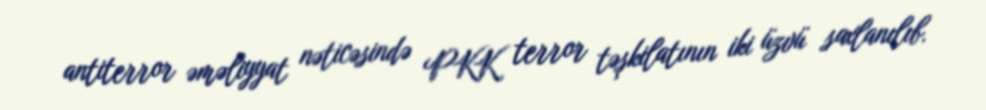
antiterror əməliyyat nəticəsində PKK terror təşkilatının iki üzvü saxlanılıb.